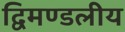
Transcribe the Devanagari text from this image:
द्विमण्डलीय